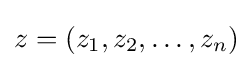
z=(z_{1},z_{2},\dots ,z_{n})